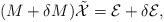
LaTeX: \begin{align*} (M+\delta M)\tilde{\mathcal{X}} = \mathcal{E}+\delta \mathcal{E},\end{align*}